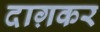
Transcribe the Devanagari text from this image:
दाग़कर